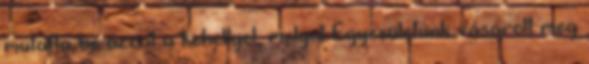
mutatta be azzal a kehellyel, melyet Egyesületünk vásárolt meg